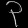
Digit: ၃